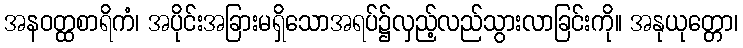
အနဝတ္ထစာရိကံ၊ အပိုင်းအခြားမရှိသောအရပ်၌လှည့်လည်သွားလာခြင်းကို။ အနုယုတ္တော၊